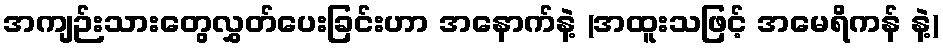
အကျဉ်းသားတွေလွှတ်ပေးခြင်းဟာ အနောက်နဲ့ (အထူးသဖြင့် အမေရိကန် နဲ့)